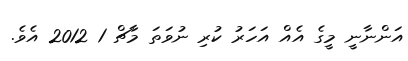
އަންނާނީ މީގެ އެއް އަހަރު ކުރި ނުވަތަ މާޗް 1 2012 އެވެ.